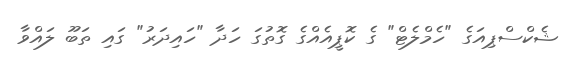
ޝެކްސްޕިއަގެ "ހެމްލެޓް" ގެ ކޮޕީއެއްގެ ގޮތުގަ ހަދާ "ހައިދަރު" ގައި ތަބޫ ލައްވާ